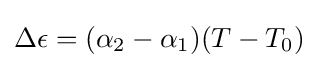
\Delta \epsilon =(\alpha _{2}-\alpha _{1})(T-T_{0})